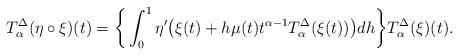
LaTeX: \begin{align*}T^{\Delta}_{\alpha} (\eta\circ \xi)(t)=\bigg\{\int_{0}^{1}\eta'\big(\xi(t)+h\mu(t)t^{\alpha-1}T^{\Delta}_{\alpha} (\xi(t))\big)dh\bigg\} T^{\Delta}_{\alpha}(\xi)(t).\end{align*}